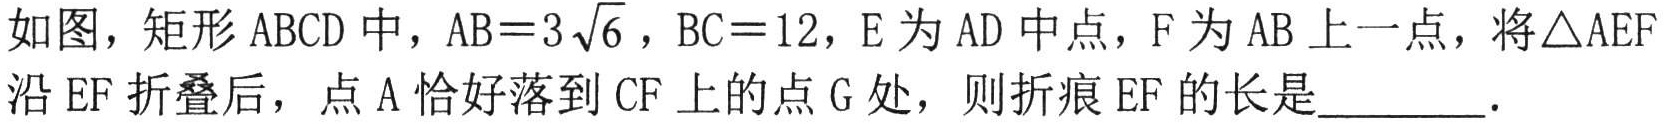
如图，矩形\(ABCD\)中，\(AB = 3\sqrt{6}\)，\(BC = 12\)，\(E\)为\(AD\)中点，\(F\)为\(AB\)上一点，将\(\triangle AEF\)沿\(EF\)折叠后，点\(A\)恰好落到\(CF\)上的点\(G\)处，则折痕\(EF\)的长是________．